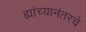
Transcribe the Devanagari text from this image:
ह्यांच्यानंतरचे